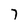
Character: 7